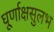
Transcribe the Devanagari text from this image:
घूर्णाक्षसुलभ